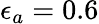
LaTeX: \epsilon_{a}=0.6